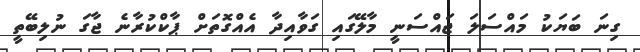
ގިނަ ބަޔަކު މައްސަލަ ޖައްސަނީ މާލޭގައި ގަވާއިދާ އެއްގޮތަށް ޕާކްކުރާނެ ޖާގަ ނުލިބޭތީ